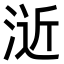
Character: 𣷯